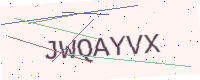
Text: JWQAYVX